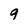
Character: q